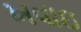
ખવાઇ